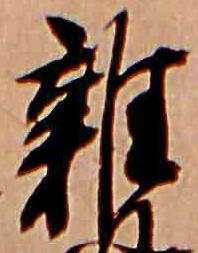
雑